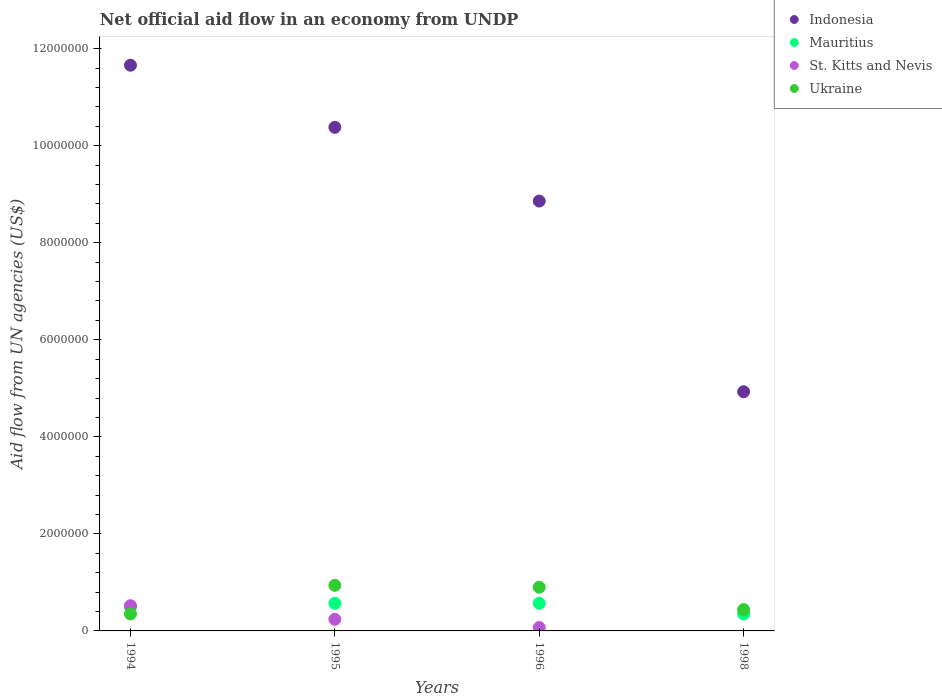
| Years | Indonesia | Mauritius | St. Kitts and Nevis | Ukraine |
 | --- | --- | --- | --- | --- |
 | 1994 | 1.17e+07 | 4.9e+05 | 5.2e+05 | 3.5e+05 |
 | 1995 | 1.04e+07 | 5.7e+05 | 2.4e+05 | 9.4e+05 |
 | 1996 | 8.86e+06 | 5.7e+05 | 7e+04 | 9e+05 |
 | 1998 | 4.93e+06 | 3.5e+05 | -1.4e+05 | 4.4e+05 |